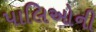
પાલિઓની